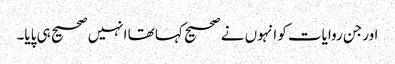
اورجن روایات کو انہوں نے صحیح کہا تھا انہیں صحیح ہی پایا۔